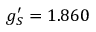
g _ { S } ^ { \prime } = 1 . 8 6 0